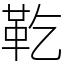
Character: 䩐